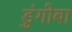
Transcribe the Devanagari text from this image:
डुंगोबा